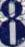
8